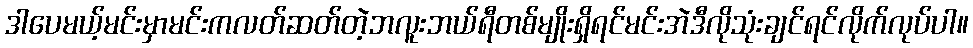
ဒါပေမယ့်မင်းမှာမင်းကလတ်ဆတ်တဲ့ဘလူးဘယ်ရီတစ်မျိုးရှိရင်မင်းအဲဒီလိုသုံးချင်ရင်လိုက်လုပ်ပါ။